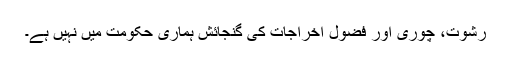
رشوت، چوری اور فضول اخراجات کی گنجائش ہماری حکومت میں نہیں ہے۔